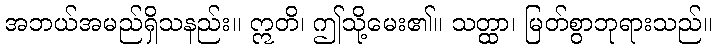
အဘယ်အမည်ရှိသနည်း။ ဣတိ၊ ဤသို့မေး၏။ သတ္ထာ၊ မြတ်စွာဘုရားသည်။